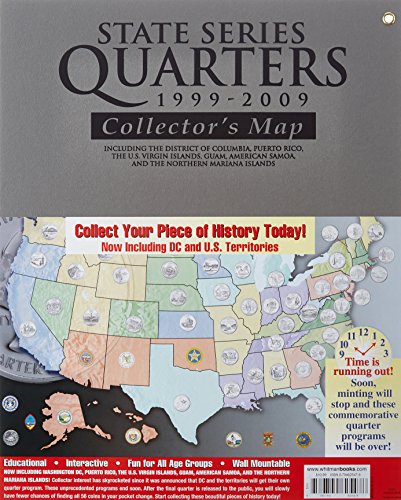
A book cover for State Series Quarters 1999-2009 Collectors Map: Including the District of Columbia, Puerto Rico, the U.s. Virgin Islands, Guam, American Samoa, and the Northern Mariarna Islands; Whitman Publishing; Travel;